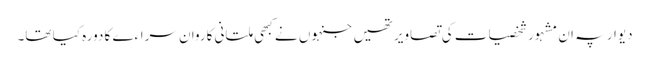
دیوار پہ ان مشہور شخصیات کی تصاویر تھیں جنہوں نے کبھی ملتانی کاروان سراءے کا دورہ کیا تھا۔